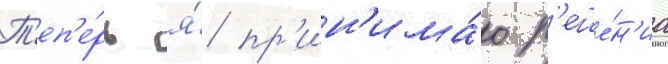
Т'еп'е́рь я́ пр'ин'има́ю р'еше́н'иа